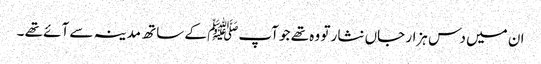
ان میں دس ہزار جاں نثار تو وہ تھے جو آپﷺ کے ساتھ مدینہ سے آئے تھے ۔